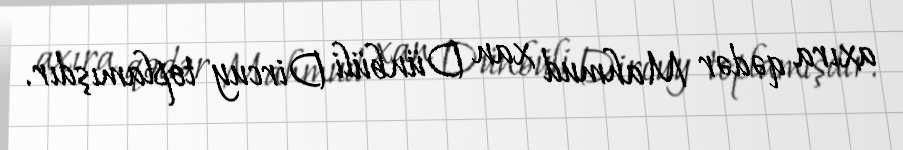
axıra qədər Mahmud xan Dünbüli Dircuy toplamışdır.